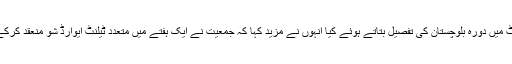
ان خیالات کا اظہار انہوں نے مرکزی سیکرٹریٹ میں دورہ بلوچستان کی تفصیل بتاتے ہوئے کیا انہوں نے مزید کہا کہ جمعیت نے ایک ہفتے میں متعدد ٹیلنٹ ایوارڈ شو منعقد کرکے ایک تاریخ رقم کی ہے جو کہ قابل ستائش ہے۔